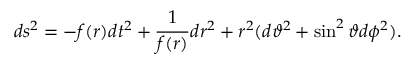
d s ^ { 2 } = - f ( r ) d t ^ { 2 } + \frac { 1 } { f ( r ) } d r ^ { 2 } + r ^ { 2 } ( d \vartheta ^ { 2 } + \sin ^ { 2 } \vartheta d \phi ^ { 2 } ) .